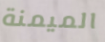
الميمنة